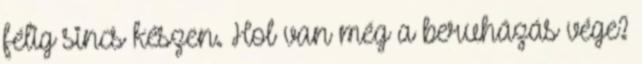
félig sincs készen. Hol van még a beruházás vége?